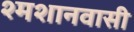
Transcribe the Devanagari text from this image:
श्मशानवासी